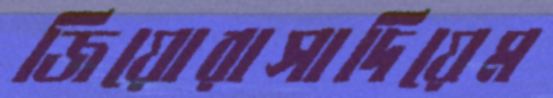
জিয়োরাসাদিয়েম